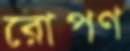
রোপণ